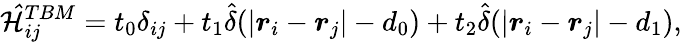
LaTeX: \mathcal{\hat{H}}_{ij}^{TBM}=t_{0}\delta_{ij}+t_{1}\hat{\delta}(\vert\boldsymbol{r}_{i}-\boldsymbol{r}_{j}\vert-d_{0})+t_{2}\hat{\delta}(\vert\boldsymbol{r}_{i}-\boldsymbol{r}_{j}\vert-d_{1}),